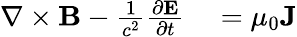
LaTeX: \begin{array}{rl}{\nabla\times\mathbf{B}-{\frac{1}{c^{2}}}{\frac{\partial\mathbf{E}}{\partial t}}}&{{}=\mu_{0}\mathbf{J}}\end{array}